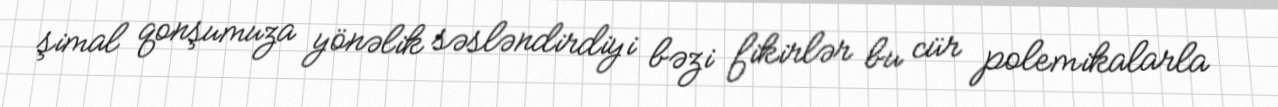
şimal qonşumuza yönəlik səsləndirdiyi bəzi fikirlər bu cür polemikalarla